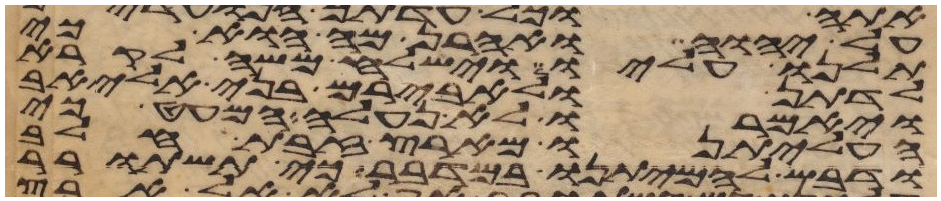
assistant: על יהוה ואהרן מה הוא כי
תלנו עליו וישלח משה לקרא
לדתן ולאבירם בני אליאב
ויאמרו לא נעלה המעט כי
העליתנו מארץ זבת חלב
ודבש להמיתנו במדבר כי תשתרר